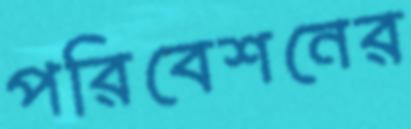
পরিবেশনের